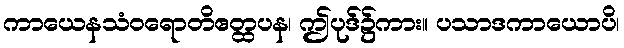
ကာယေနသံဝရောတိဧတ္ထပန၊ ဤပုဒ်၌ကား။ ပသာဒကာယောပိ၊